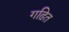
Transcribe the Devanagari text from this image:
गढ़ित